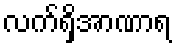
လက်ရှိအာဏာရ